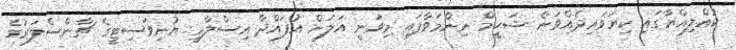
ކުއްލިއްޔާގައި ކިޔަވައިދެއްވަން ޝަހީމް ނިންމަވާފައި މިވަނީ އަލަށް އުފައްދާ އިސްލާމީ ޔުނިވަސިޓީގެ ޗާންސެލަރުގެ